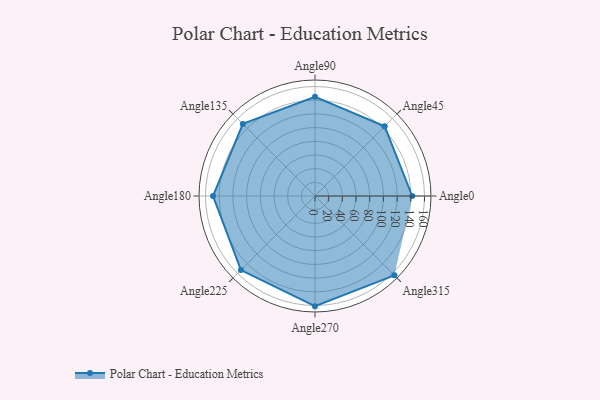
{"axis": {"x": "Angle", "y": "Radius"}, "legend": [""], "data": [{"x": "Angle0", "y": 142.0, "type": ""}, {"x": "Angle45", "y": 144.0, "type": ""}, {"x": "Angle90", "y": 145.0, "type": ""}, {"x": "Angle135", "y": 149.0, "type": ""}, {"x": "Angle180", "y": 149.0, "type": ""}, {"x": "Angle225", "y": 153.0, "type": ""}, {"x": "Angle270", "y": 161.0, "type": ""}, {"x": "Angle315", "y": 164.0, "type": ""}]}